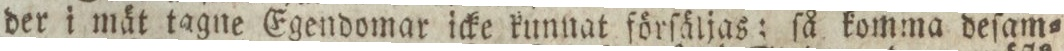
der i mät tagne Egendomar icke kunnat förſäljas; ſå komma deſam=